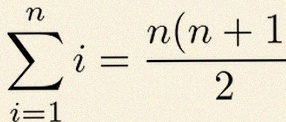
\sum_{i=1}^{n}i=\frac{n(n+1)}2